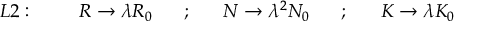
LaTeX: L 2 : ~ ~ ~ ~ ~ ~ ~ R \rightarrow \lambda R _ { 0 } ~ ~ ~ ~ ~ ; ~ ~ ~ ~ ~ N \rightarrow \lambda ^ { 2 } N _ { 0 } ~ ~ ~ ~ ~ ; ~ ~ ~ ~ ~ K \rightarrow \lambda K _ { 0 }